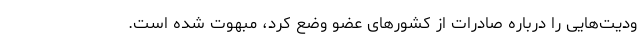
ودیت‌هایی را درباره صادرات از کشورهای عضو وضع کرد، مبهوت شده است.